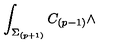
\int _ { \Sigma _ { ( p + 1 ) } } C _ { ( p - 1 ) } \wedge